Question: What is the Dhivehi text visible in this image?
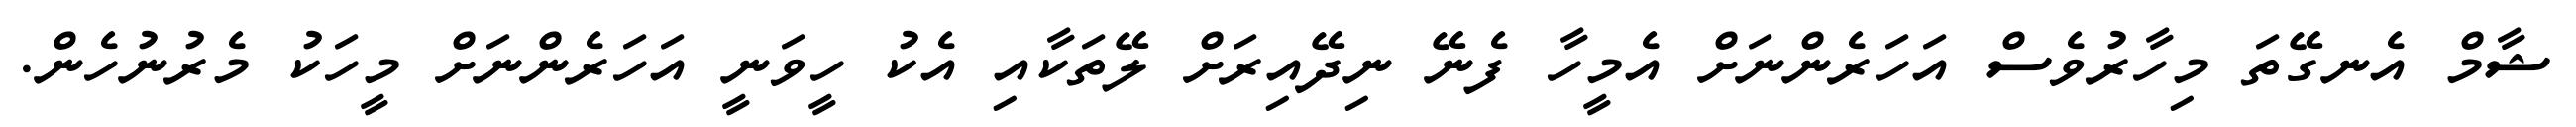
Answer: ޝާމް އެނގޭތަ މިހާރުވެސް އަހަރެންނަށް އެމީހާ ފެނޭ ނިދޭއިރަށް ލޭތަކާއި އެކު ހީވަނީ އަހަރެންނަށް މީހަކު މެރުނުހެން.